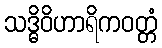
သဒ္ဓိဝိဟာရိကဝတ္တံ